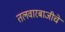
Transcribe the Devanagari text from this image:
तलवारबाजीचे